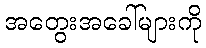
အတွေးအခေါ်များကို